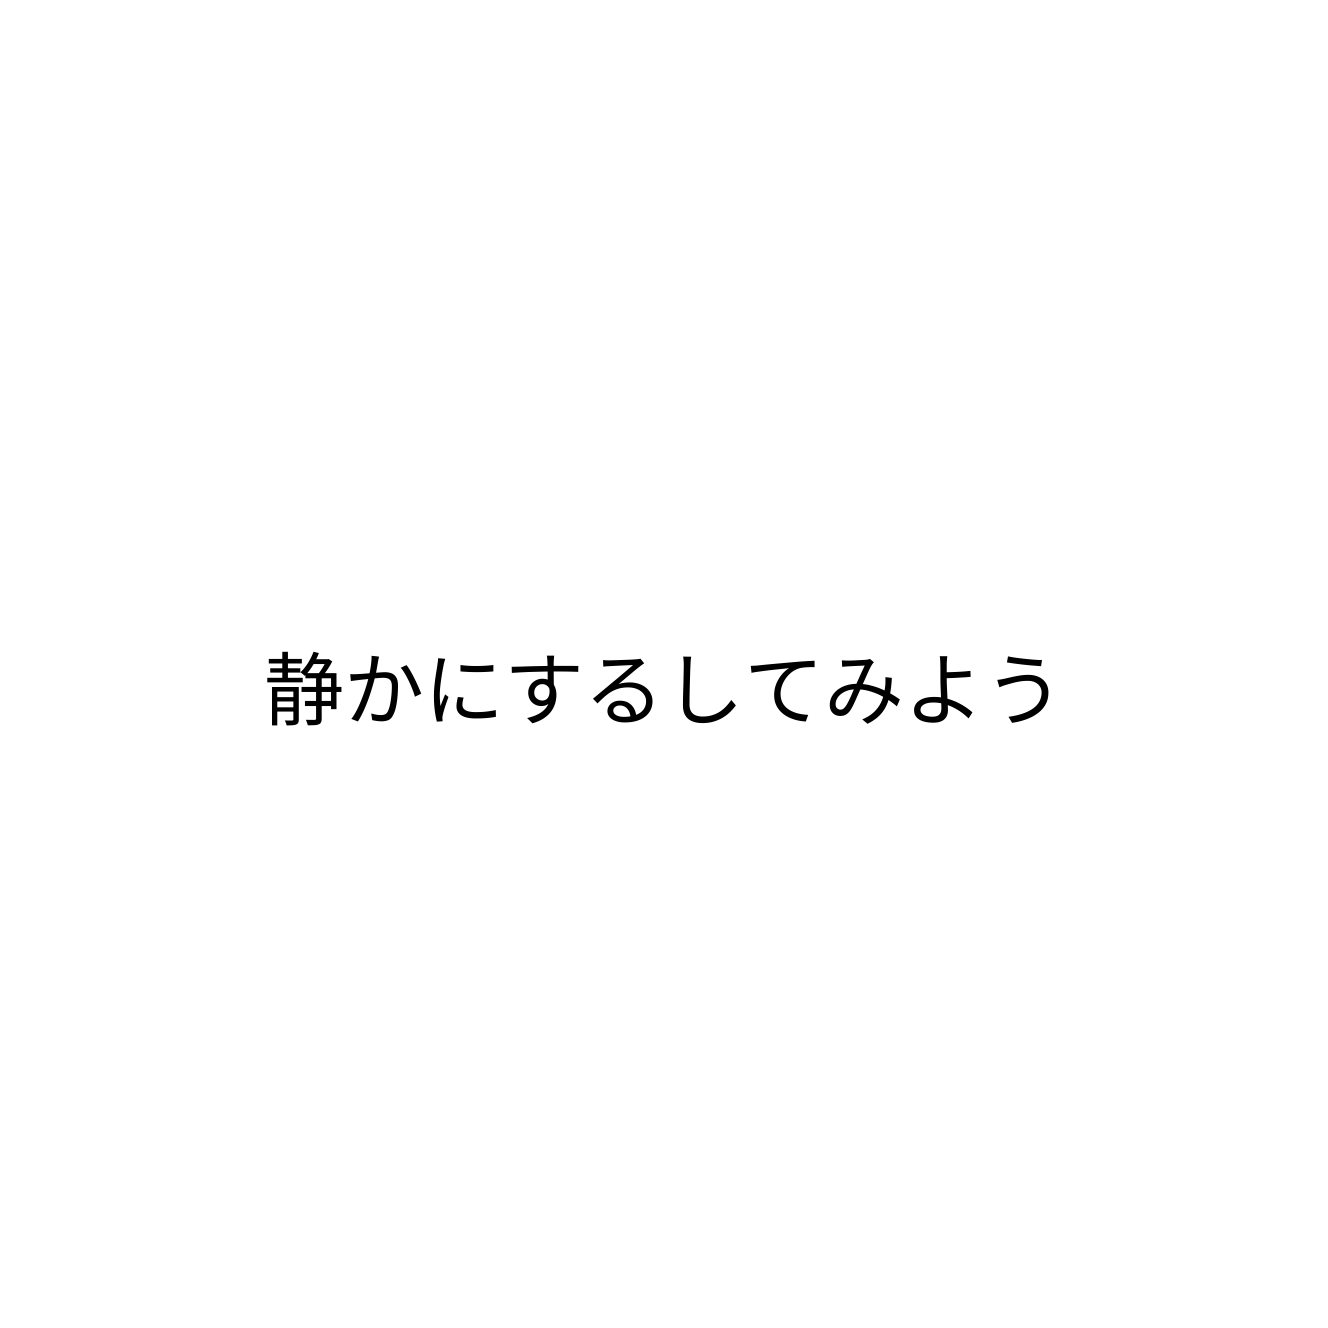
静かにするしてみよう